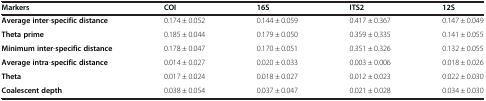
<table><thead><tr><td><b>Markers</b></td><td><b>COI</b></td><td><b>16S</b></td><td><b>ITS2</b></td><td><b>12S</b></td></tr></thead><tbody><tr><td><b>Average inter</b>-<b>specific distance</b></td><td>0.174 ± 0.052</td><td>0.144 ± 0.059</td><td>0.417 ± 0.367</td><td>0.147 ± 0.049</td></tr><tr><td><b>Theta prime</b></td><td>0.185 ± 0.044</td><td>0.179 ± 0.050</td><td>0.359 ± 0.335</td><td>0.141 ± 0.055</td></tr><tr><td><b>Minimum inter</b>-<b>specific distance</b></td><td>0.178 ± 0.047</td><td>0.170 ± 0.051</td><td>0.351 ± 0.326</td><td>0.132 ± 0.055</td></tr><tr><td><b>Average intra</b>-<b>specific distance</b></td><td>0.014 ± 0.027</td><td>0.020 ± 0.033</td><td>0.003 ± 0.006</td><td>0.018 ± 0.026</td></tr><tr><td><b>Theta</b></td><td>0.017 ± 0.024</td><td>0.018 ± 0.027</td><td>0.012 ± 0.023</td><td>0.022 ± 0.030</td></tr><tr><td><b>Coalescent depth</b></td><td>0.038 ± 0.054</td><td>0.037 ± 0.047</td><td>0.021 ± 0.028</td><td>0.034 ± 0.030</td></tr></tbody></table>